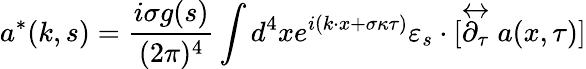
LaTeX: a^{*}(k,s)=\frac{i\sigma g(s)}{(2\pi)^{4}}\int d^{4}xe^{i(k\cdot x+\sigma\kappa\tau)}\varepsilon_{s}\cdot[\stackrel{\leftrightarrow}{\partial_{\tau}}a(x,\tau)]